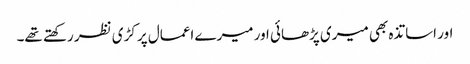
اور اساتذہ بھی میری پڑھائی اور میرے اعمال پر کڑی نظر رکھتے تھے۔